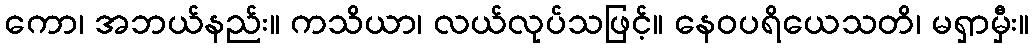
ကော၊ အဘယ်နည်း။ ကသိယာ၊ လယ်လုပ်သဖြင့်။ နေဝပရိယေသတိ၊ မရှာမှီး။